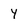
Character: y